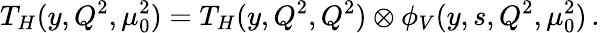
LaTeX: T_{H}(y,Q^{2},\mu_{0}^{2})=T_{H}(y,Q^{2},Q^{2})\otimes\phi_{V}(y,s,Q^{2},\mu_{0}^{2})\, .